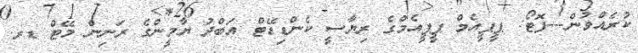
ކުރެއްވުން---ފޮޓޯ: ޕީޕީއެމް ޕީޕީއެމްގެ ރިޔާސީ ކެންޑިޑޭޓް އަބްދު ޔާމީންގެ ރަނިން މޭޓް ޑރ.